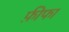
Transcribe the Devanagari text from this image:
फ़ीफा